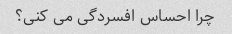
چرا احساس افسردگی می کنی؟